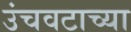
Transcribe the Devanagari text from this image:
उंचवटाच्या